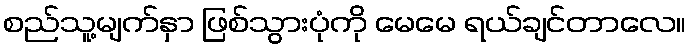
စည်သူ့မျက်နှာ ဖြစ်သွားပုံကို မေမေ ရယ်ချင်တာလေ။